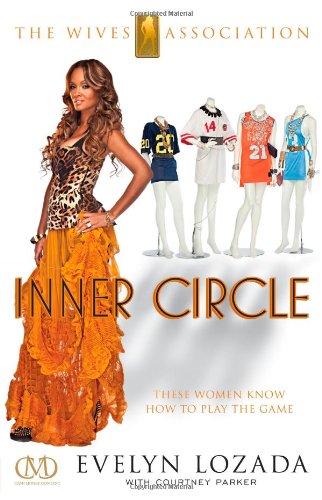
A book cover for Inner Circle (Wives Association); Evelyn Lozada; Romance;